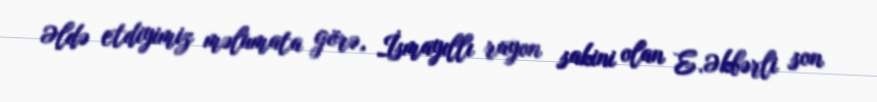
Əldə etdiyimiz məlumata görə, İsmayıllı rayon sakini olan E.Əkbərli son